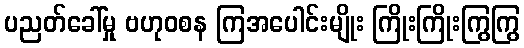
ပညတ်ခေါ်မှု ဗဟုဝစန ကြအပေါင်းမျိုး ကြိုးကြိုးကြွကြွ